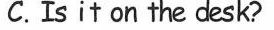
C. Is it on the desk?